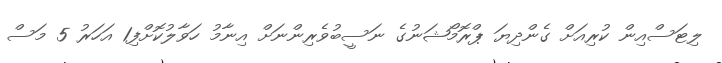
ލިޓަސްއިން ކުރިއަށް ގެންދިޔަ ޕްރޮމޯޝަނުގެ ނަސީބުވެރިންނަށް އިނާމު ހަވާލުކޮށްފި1 އަހަރު 5 މަސް